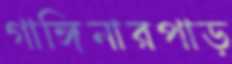
গাঙ্গিনারপাড়